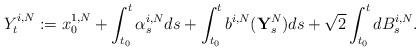
LaTeX: \begin{align*}Y_t^{i,N} &:= x_0^{1,N} + \int_{t_0}^t \alpha^{i,N}_s ds + \int_{t_0}^t b^{i,N}(\textbf{Y}_s^N)ds + \sqrt{2} \int_{t_0}^t dB^{i,N}_s.\end{align*}